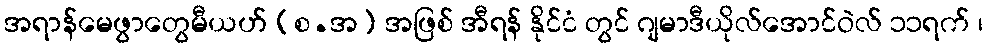
အရာန်မေဖွာတွေမီယဟ် (စ.အ) အဖြစ် အီရန် နိုင်ငံ တွင် ဂျမာဒီယိုလ်အောင်ဝဲလ် ၁၁ရက် ၊